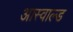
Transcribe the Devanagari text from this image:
आस्वाल्ड